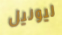
ليونيل